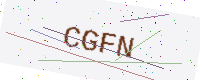
Text: CGFN